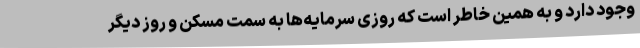
وجود دارد و به همین خاطر است که روزی سرمایه‌ها به سمت مسکن و روز دیگر